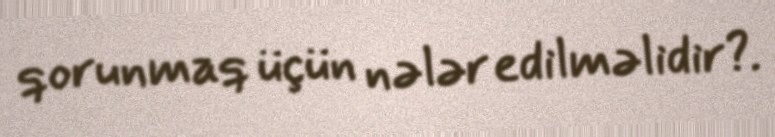
qorunmaq üçün nələr edilməlidir?.